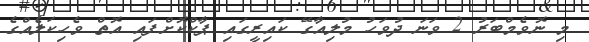
މި ނޮވެމްބަރު 2 ވަނަ ދުވަހު މުލިއާގޭ ކައިރީގައި ޕާކްކޮށްފައި އޮތް ވެހިކަލެއްގެ